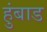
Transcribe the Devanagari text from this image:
हुंबाड